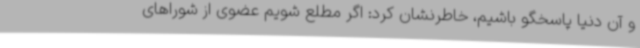
و آن دنیا پاسخگو باشیم، خاطرنشان کرد: اگر مطلع شویم عضوی از شوراهای